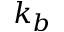
k _ { b }